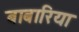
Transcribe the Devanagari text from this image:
बाबारिया